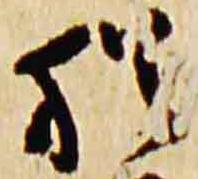
猶